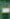
-